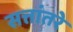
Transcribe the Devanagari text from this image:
सत्तांतरे